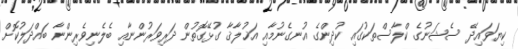
ކިޔަވައިދޭ ސެޝަނުގެ ކްލާސްތަކުގައި ކުދިންގެ އުނގެނުމާއި އަޚުލާޤާ ގުޅޭގޮތުން ދަރިވަރުންނާއި ބެލެނިވެރިންނާ ބައްދަލުކޮށް